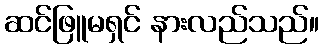
ဆင်ဖြူမရှင် နားလည်သည်။